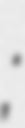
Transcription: Мартынов;